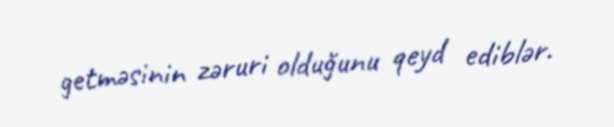
getməsinin zəruri olduğunu qeyd ediblər.